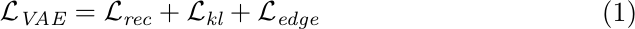
\begin{equation}
\begin{split}
\mathcal{L}_{\textit{VAE}}&=\mathcal{L}_{\textit{rec}}+ \mathcal{L}_{\textit{kl}}+ \mathcal{L}_{\textit{edge}}
\end{split}
\end{equation}